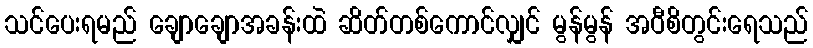
သင်ပေးရမည် ချောချောအခန်းထဲ ဆိတ်တစ်ကောင်လျှင် မွန်မွန် အဝီစိတွင်းရေသည်